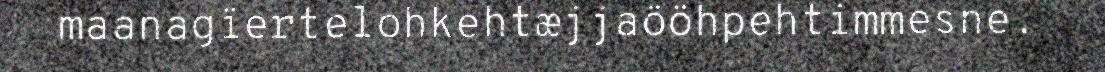
maanagïertelohkehtæjjaööhpehtimmesne.